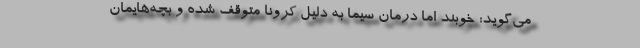
می‌گوید: خوبند اما درمان سیما به دلیل کرونا متوقف شده و بچه‌هایمان